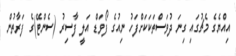
އިއްޔެގެ މެޗުގައި ގިނަ ދުވަސްތަކަކަށްފަހު ނިއުގެ ފޯވަޑް އަލީ ފާސިރު (ސެންޓޭ)ގެ ފަރާތުން